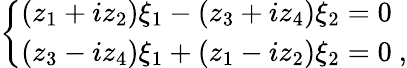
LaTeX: \left\{ \begin{array}{l}{{(z_{1}+iz_{2})\xi_{1}-(z_{3}+iz_{4})\xi_{2}=0}}\\ {{(z_{3}-iz_{4})\xi_{1}+(z_{1}-iz_{2})\xi_{2}=0~,}}\end{array}\right.